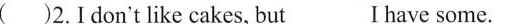
( )2.Idon't like cakes, but___Ihave some.